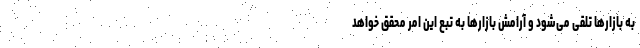
به بازارها تلقی می‌شود و آرامش بازارها به تبع این امر محقق‌ خواهد